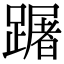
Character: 䠧